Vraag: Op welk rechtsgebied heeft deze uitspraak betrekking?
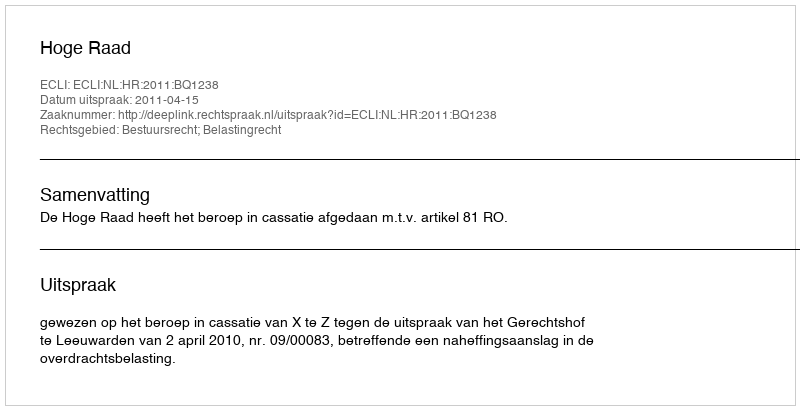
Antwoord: Bestuursrecht; Belastingrecht